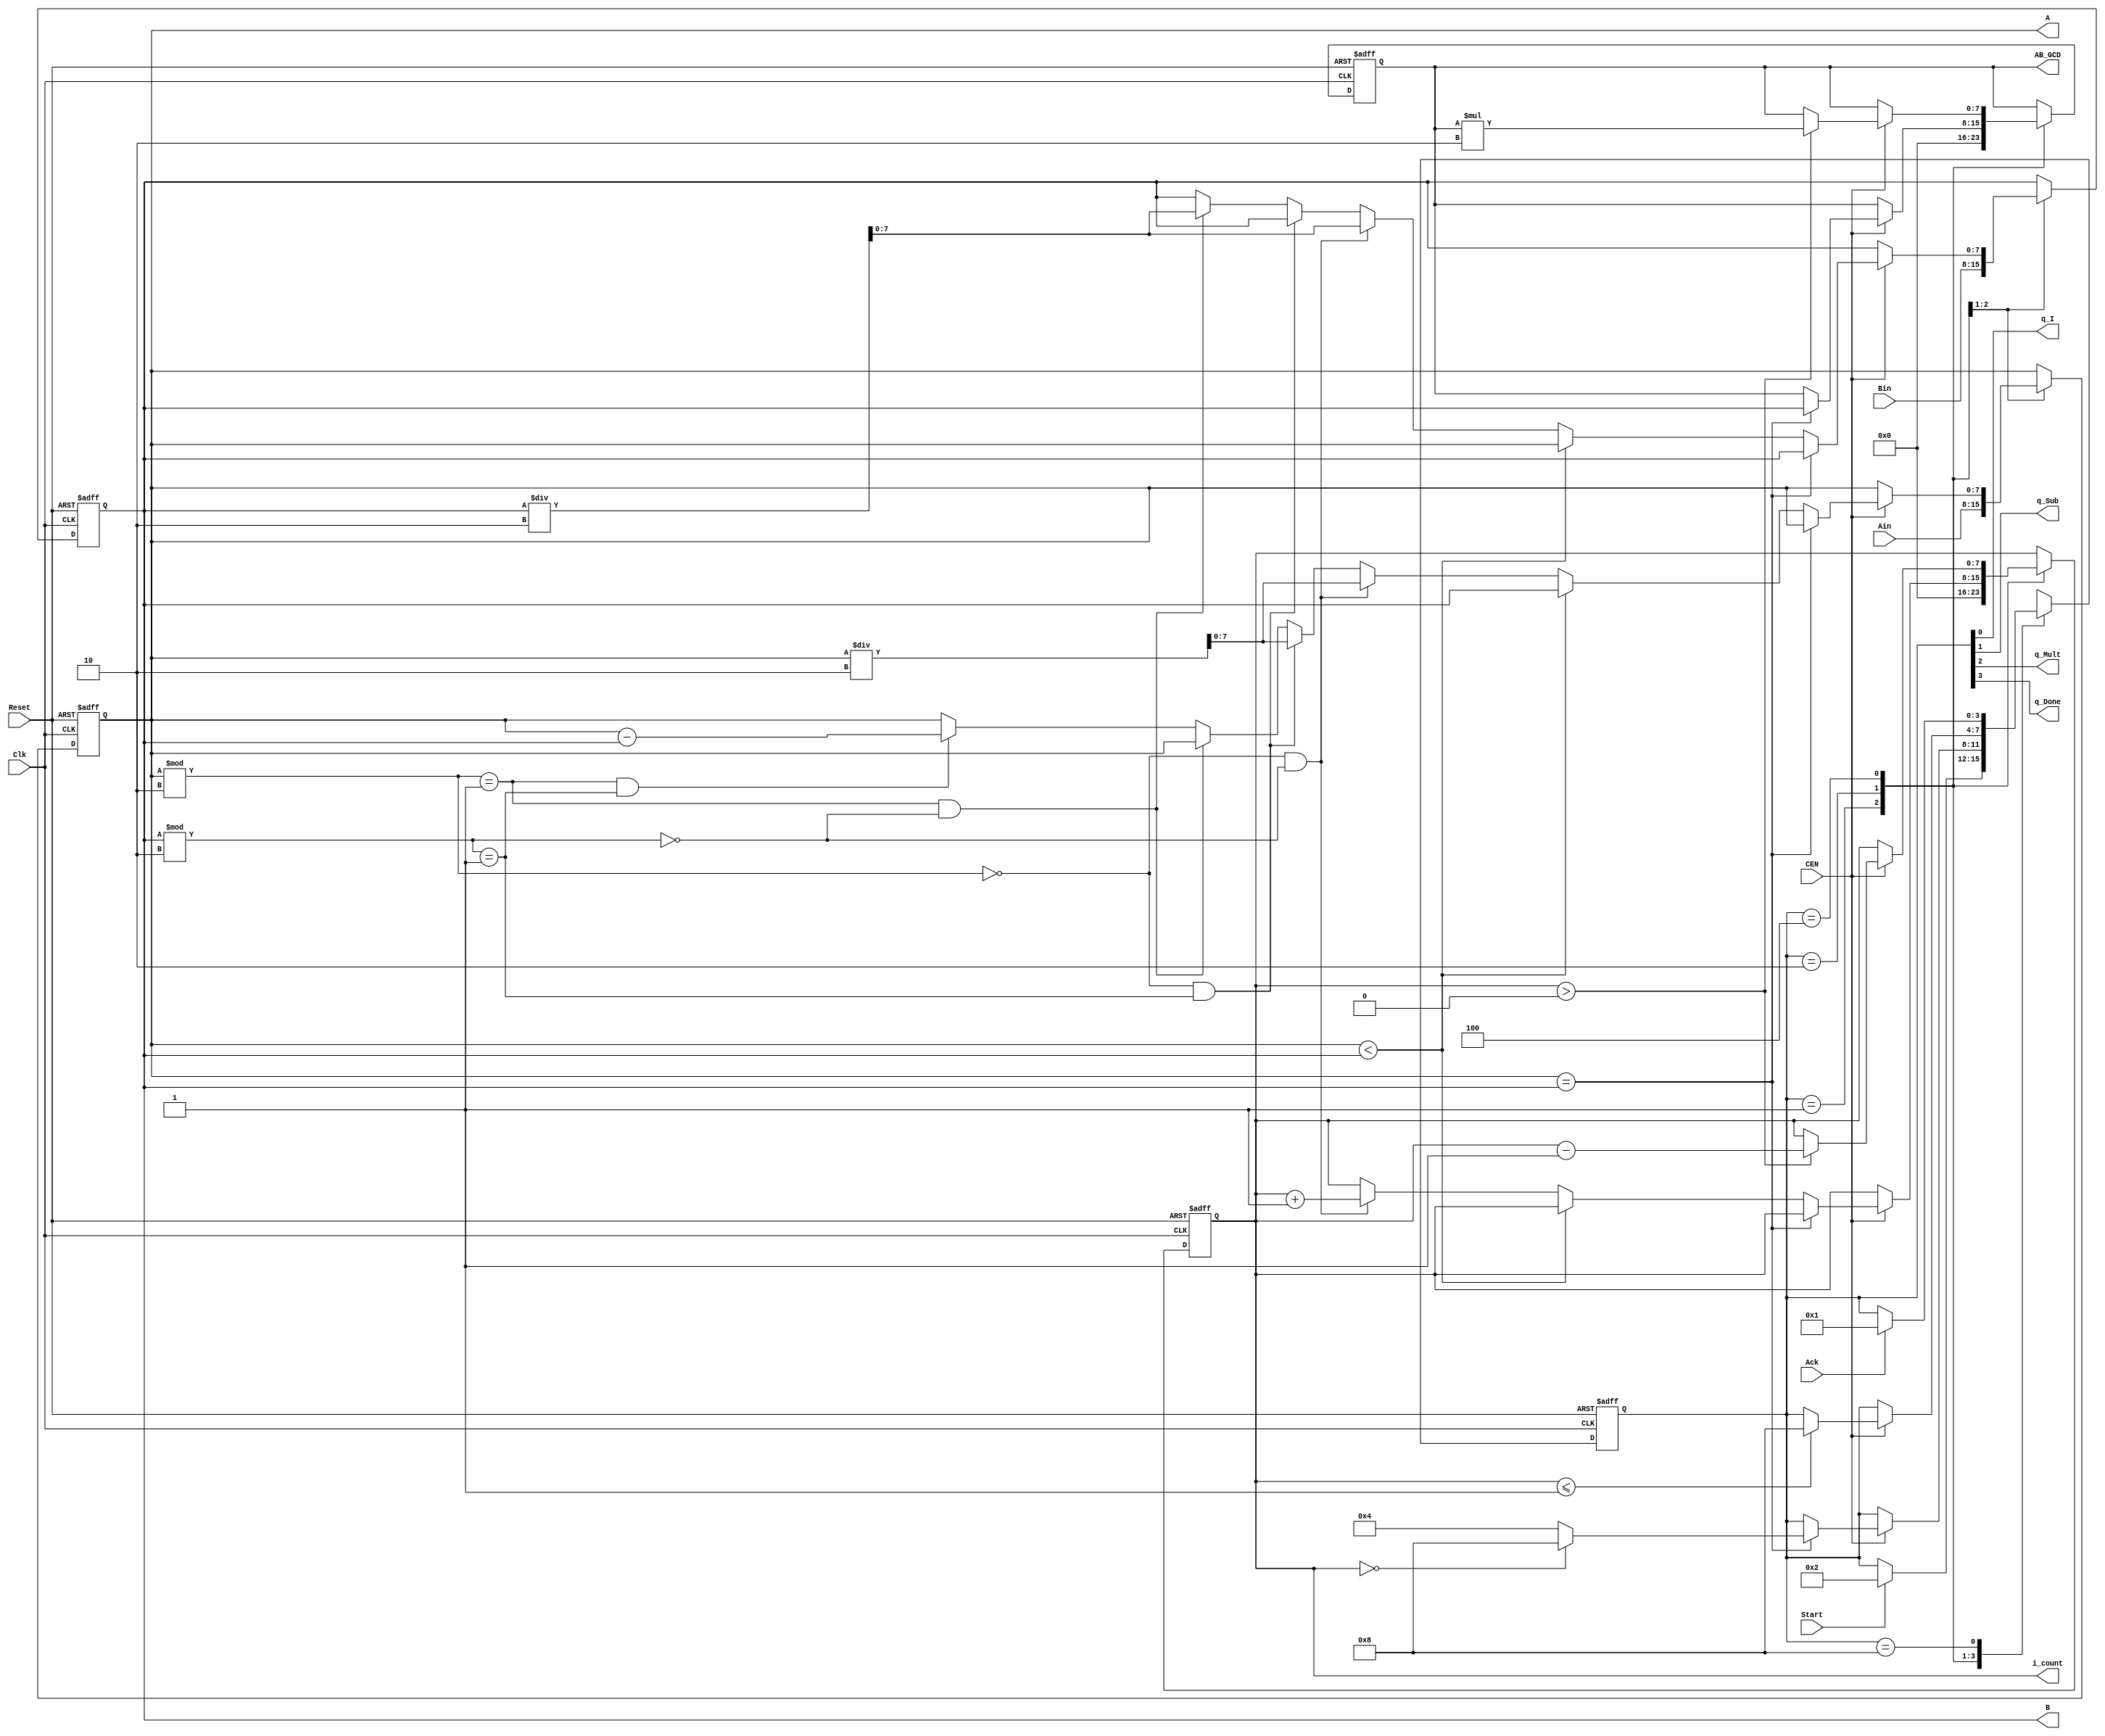
//////////////////////////////////////////////////////////////////////////////////
// Description: 
//
//
// Revision: 		2.1
// Additional Comments:  
// 10/13/2008 Clock Enable (CEN) has been added by Gandhi
//  3/1/2010  Signal names are changed in line with the divider_verilog design
//           `define is replaced by localparam construct
//////////////////////////////////////////////////////////////////////////////////
`timescale 1ns / 1ps

module ee201_GCD(Clk, CEN, Reset, Start, Ack, Ain, Bin, A, B, AB_GCD, i_count, q_I, q_Sub, q_Mult, q_Done);

	/*  INPUTS */
	input	Clk, CEN, Reset, Start, Ack;
	input [7:0] Ain;
	input [7:0] Bin;
	
	// i_count is count of number of factors of 2	. We do not need an 8-bit counter. 
	// However, in-line with other variables, this has been made an 8-bit item.
	/*  OUTPUTS */
	// store the two inputs Ain and Bin in A and B . These (A, B) are also continuously output to the higher module. along with the AB_GCD
	output reg [7:0] A, B, AB_GCD, i_count;		// the result of the operation: GCD of the two numbers
	// store current state
	output q_I, q_Sub, q_Mult, q_Done;
	reg [3:0] state;	
	reg [7:0] temp;
	assign {q_Done, q_Mult, q_Sub, q_I} = state;
		
	localparam 	
	I = 4'b0001, SUB = 4'b0010, MULT = 4'b0100, DONE = 4'b1000, UNK = 4'bXXXX;
	
	// NSL AND SM
	always @ (posedge Clk, posedge Reset)
	begin : my_GCD
		if(Reset) 
		  begin
			state <= I;
			i_count <= 8'bx;  	// ****** TODO ******
			A <= 8'bx;		  	// complete the 3 lines
			B <= 8'bx;
			AB_GCD <= 8'bx;			
		  end
		else				// ****** TODO ****** complete several parts
				case(state)	
					I:
					begin
						// state transfers
						if (Start) state <= SUB;
						// data transfers
						i_count <= 0;
						A <= Ain;
						B <= Bin;
						AB_GCD <= 0;
					end		
					SUB: 
		           if (CEN) //  This causes single-stepping the SUB state
						begin		
							// state transfers
							if (A == B) state <= (i_count == 0) ? DONE : MULT;
							// data transfers
							if (A == B) AB_GCD <= B;		
							else if (A < B)
							  begin
								// swap A and B
								temp = A;
								A <= B;
								B <= temp;
							  end
							else	// if (A > B)
							  begin	
							  	if ( ((A % 2) == 0) && ((B%2) == 0) )
								begin
							  		i_count <= i_count + 1;
									A <= A/2;
									B <= B/2;
								end
								else if ( ((A % 2) == 0) && ((B%2) == 1) )
									A <= A/2;
								else if ( ((A % 2) == 1) && ((B%2) == 0) )
									B <= B/2;
								else if ( ((A % 2) == 1) && ((B%2) == 1) )
									A <= A - B;
							  end
						end
					MULT:
					  if (CEN) // This causes single-stepping the MULT state
						begin
							// state transfers
							if (i_count <= 1 )
							begin
								state <= DONE;
							end
							// data transfers
							if (i_count > 0)
							begin
								AB_GCD <= AB_GCD * 2;
								i_count <= i_count - 1;
							end
						end
					DONE:
						if (Ack)	state <= I;
					default:		
						state <= UNK;
				endcase
	end
endmodule